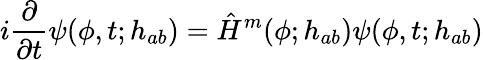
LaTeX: i\frac{\partial}{\partial t}\psi(\phi,t;h_{ab})=\hat{H}^{m}(\phi;h_{ab})\psi(\phi,t;h_{ab})